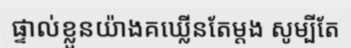
ផ្ទាល់ខ្លួនយ៉ាងគឃ្លើនតែម្តង សូម្បីតែ